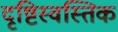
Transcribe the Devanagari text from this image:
दृष्टिस्वस्तिक